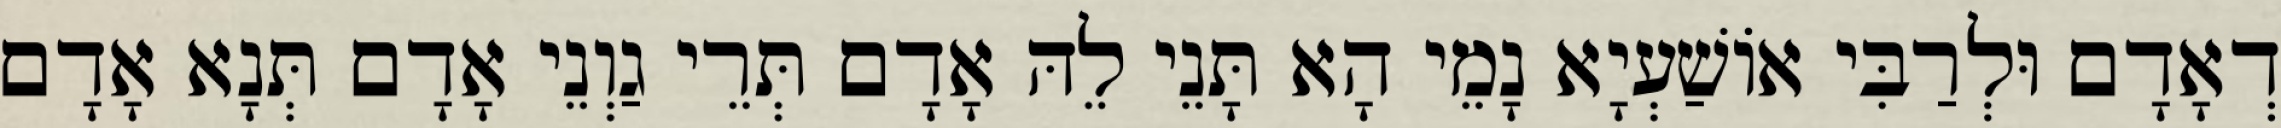
דְאָדָם וּלְרַבִּי אוֹשַׁעְיָא נָמֵי הָא תָּנֵי לֵהּ אָדָם תְּרֵי גַוְנֵי אָדָם תְּנָא אָדָם